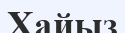
Хайыз